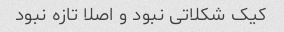
کیک شکلاتی نبود و اصلا تازه نبود